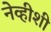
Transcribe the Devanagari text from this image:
नेव्हीशी